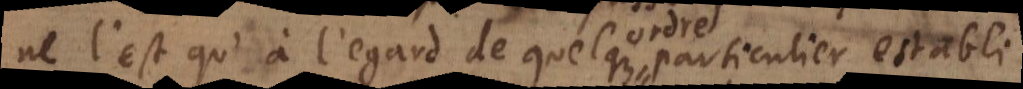
ne l’est qu’à l’egard de quelque ordre particulier establi